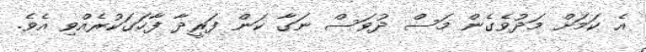
އެ ކަމަށް މަދުވެގެން މަސް ދުވަސް ނަގާ ކަން ފަރީދާ ފާހަގަކުރެއްވި އެވެ.